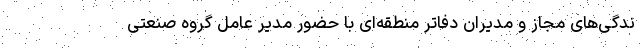
ندگی‌های مجاز و مدیران دفاتر منطقه‌ای با حضور مدیر عامل گروه صنعتی